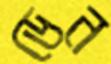
ডেন